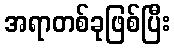
အရာတစ်ခုဖြစ်ပြီး